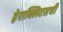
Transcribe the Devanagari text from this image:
हेराक्लिटसची